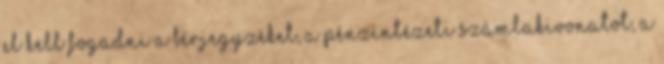
el kell fogadni a bérjegyzéket, a pénzintézeti számlakivonatot, a